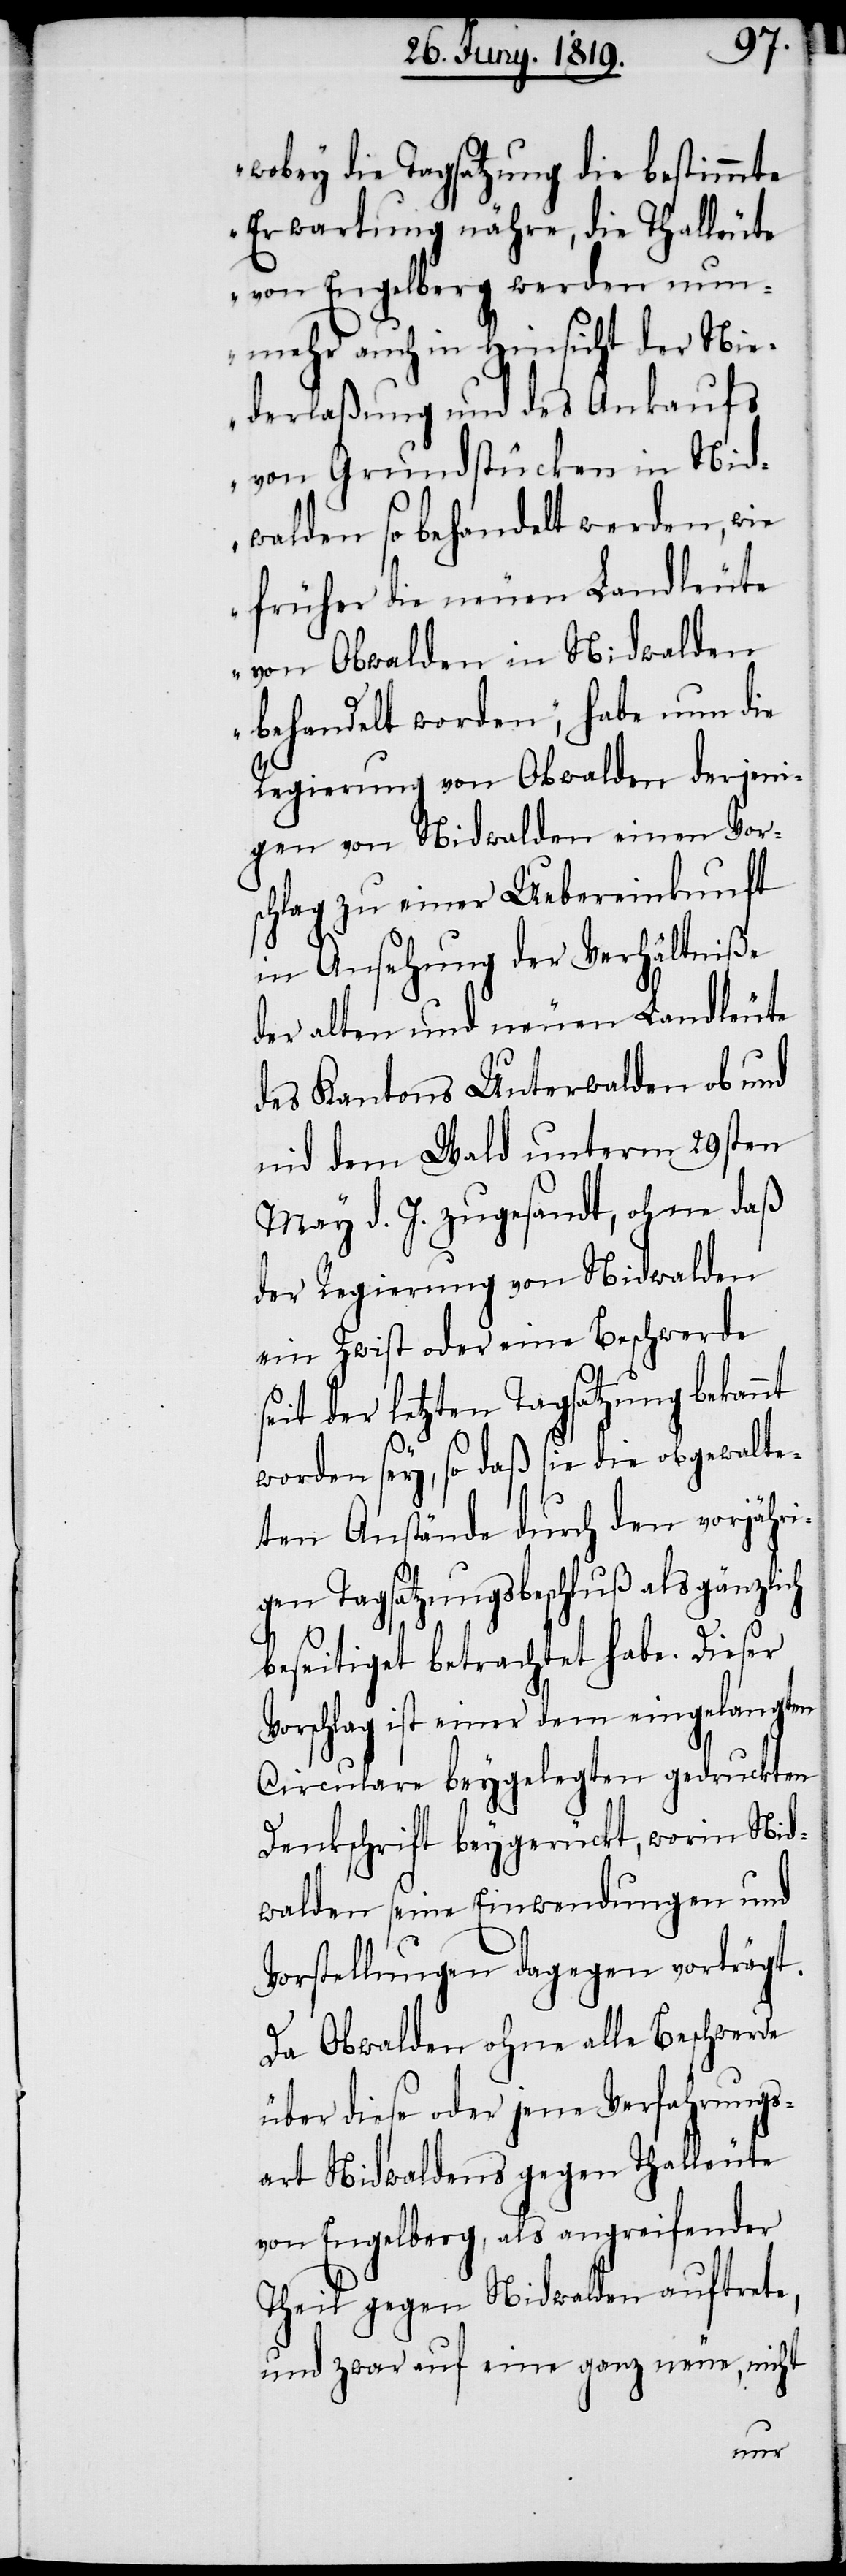
wobey die Tagsatzung die bestimmte
Erwartung nähre, die Thalleute
von Engelberg werden nun¬
mehr auch in Hinsicht der Nie¬
derlaßung und des Ankaufs
von Grundstücken in Nid¬
walden so behandelt werden, wie
früher die neuen Landleute
von Obwalden in Nidwalden
behandelt worden“, habe nun die
Regierung von Obwalden derjeni¬
gen von Nidwalden einen Vors¬
chlag zu einer Uebereinkunft
in Ansehung der Verhälntiße
der alten und neuen Landleute
des Kantons Unterwalden ob und
nid dem Wald unterm 29sten
May d. J. zugesandt, ohne daß
der Regierung von Nidwalden
ein Zwist oder eine Beschwerde
eit der letzten Tagsatzung bekannt
s¬
worden sey, so daß sie die obgewalte¬
ten Anstände durch den vorjähri¬
gen Tagsatzungsbeschluß als gänzlich
beseitiget betrachtet habe. Dieser
Vorschlag ist einer dem eingelangten
Ciculare beygelegten gedruckten
Denkschrift beygerückt, worin Nid¬
walden seine Einwendungen und
Vorstellungen dagegen vorträgt.
Da Obwalden ohne alle Beschwerde
über diese oder jene Verfahrungs¬
art Nidwaldens gegen Tahlleute
von Engelberg, als angreifender
Theil gegen Nidwalden auftrete,
und zwar auf eine ganz neue, nicht